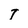
Character: T